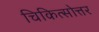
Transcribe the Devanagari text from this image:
चिकित्सोत्तर